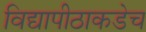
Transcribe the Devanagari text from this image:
विद्यापीठाकडेच